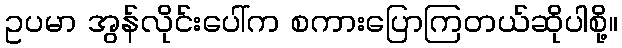
ဥပမာ အွန်လိုင်းပေါ်က စကားပြောကြတယ်ဆိုပါစို့။